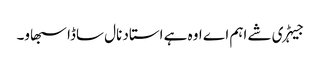
جیہڑی شے اہم اے اوہ ہے استاد نال ساڈا سبھاو۔